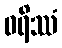
ဝရိဿံ